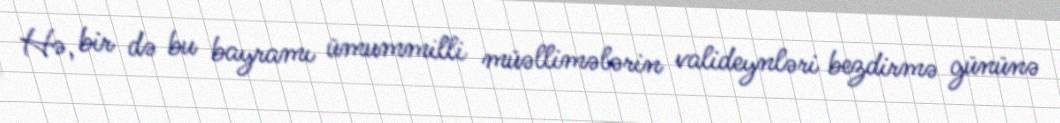
Hə, bir də bu bayramı ümummilli müəllimələrin valideynləri bezdirmə gününə